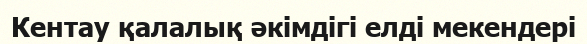
Кентау қалалық әкімдігі елді мекендері